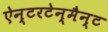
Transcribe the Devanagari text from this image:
ऐन्टरटेन्मैन्ट